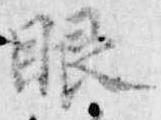
眼